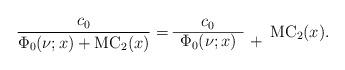
LaTeX: \begin{align*}\frac{c_0}{\Phi_0(\nu;x)+\mathrm{MC}_2(x)}=\begin{array}{cc}c_0& \\\cline{1-1}\Phi_0(\nu;x) & +\end{array}\mathrm{MC}_2(x).\end{align*}